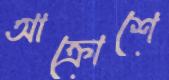
আক্রোশে